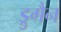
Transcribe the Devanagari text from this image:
ड्रुगैन